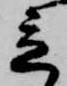
立